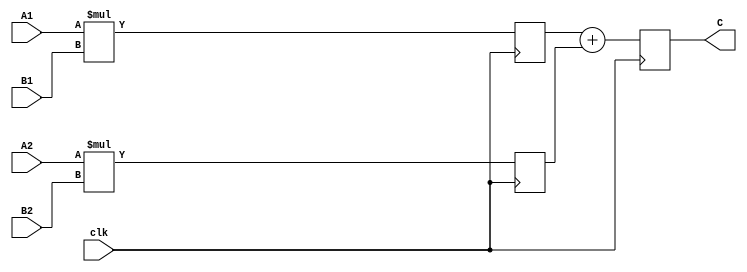
`timescale 1ns / 1ps
//////////////////////////////////////////////////////////////////////////////////
// Company: 
// Engineer: 
// 
// Design Name: 
// Module Name:    pipeline 
// Project Name: 
// Target Devices: 
// Tool versions: 
// Description: 
//
// Dependencies: 
//
// Revision: 
// Revision 0.01 - File Created
// Additional Comments: 
//
//////////////////////////////////////////////////////////////////////////////////
module pipeline(
	input clk,
	input [31:0] A1,
	input [31:0] A2,
	input [31:0] B1,
	input [31:0] B2,
	output reg [31:0] C = 0
    );
	
	reg [31:0] step1 [2:1];
	//reg [31:0] step2 = 0;
	integer i;
	
	initial begin
		for( i = 1 ; i <= 2; i = i + 1) begin
			step1[i] = 0;
		end
	end
	
	always @(posedge clk) begin
		step1[1] <= A1 * B1;
		step1[2] <= A2 * B2;
		
		C <= step1[1] + step1[2];
	end
endmodule